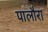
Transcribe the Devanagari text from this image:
पालौरा